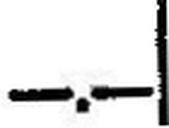
—.—